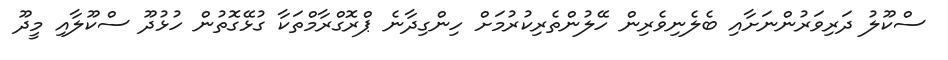
ސްކޫލު ދަރިވަރުންނަށާއި ބެލެނިވެރިން ހޭލުންތެރިކުރުމަށް ހިންގިދާނެ ޕްރޮގްރާމްތަކާ ގުޅޭގޮތުން ހުޅުދޫ ސްކޫލާއި މީދޫ